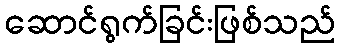
ဆောင်ရွက်ခြင်းဖြစ်သည်